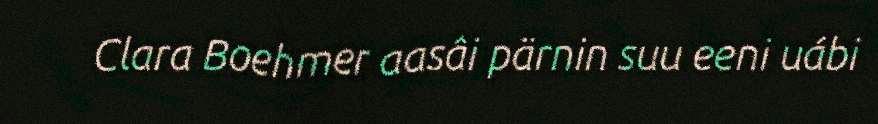
Clara Boehmer aasâi pärnin suu eeni uábi